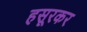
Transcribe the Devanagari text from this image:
हसूरकर